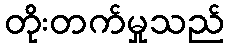
တိုးတက်မှုသည်